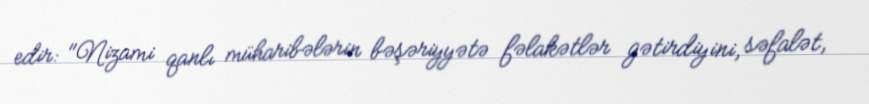
edir: "Nizami qanlı müharibələrin bəşəriyyətə fəlakətlər gətirdiyini, səfalət,